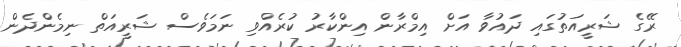
ރޭގެ ޝަރީއަތުގައި ދައުވާ އަށް އިމްރާން އިންކާރު ކުރެއްވި ނަމަވެސް ޝަރީއަތް ނިމެންދެން